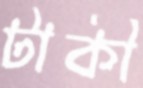
টাকী